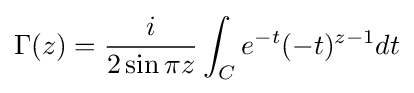
\Gamma (z)={\frac {i}{2\sin {\pi z}}}\int _{C}e^{-t}(-t)^{z-1}dt